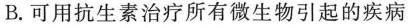
B.可用抗生素治疗所有微生物引起的疾病